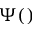
\Psi ( )